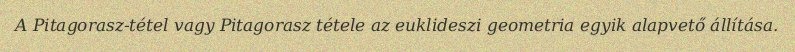
A Pitagorasz-tétel vagy Pitagorasz tétele az euklideszi geometria egyik alapvető állítása.